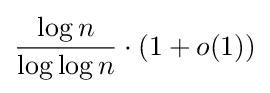
{\frac {\log n}{\log \log n}}\cdot (1+o(1))